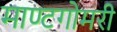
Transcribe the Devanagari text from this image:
माण्टगोमरी